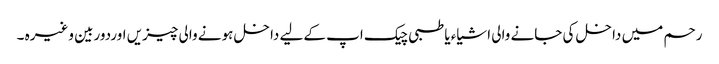
رحم میں داخل کی جانے والی اشیاء یا طبی چیک اپ کےلیے داخل ہونے والی چیزیں اوردوربین وغیرہ ۔